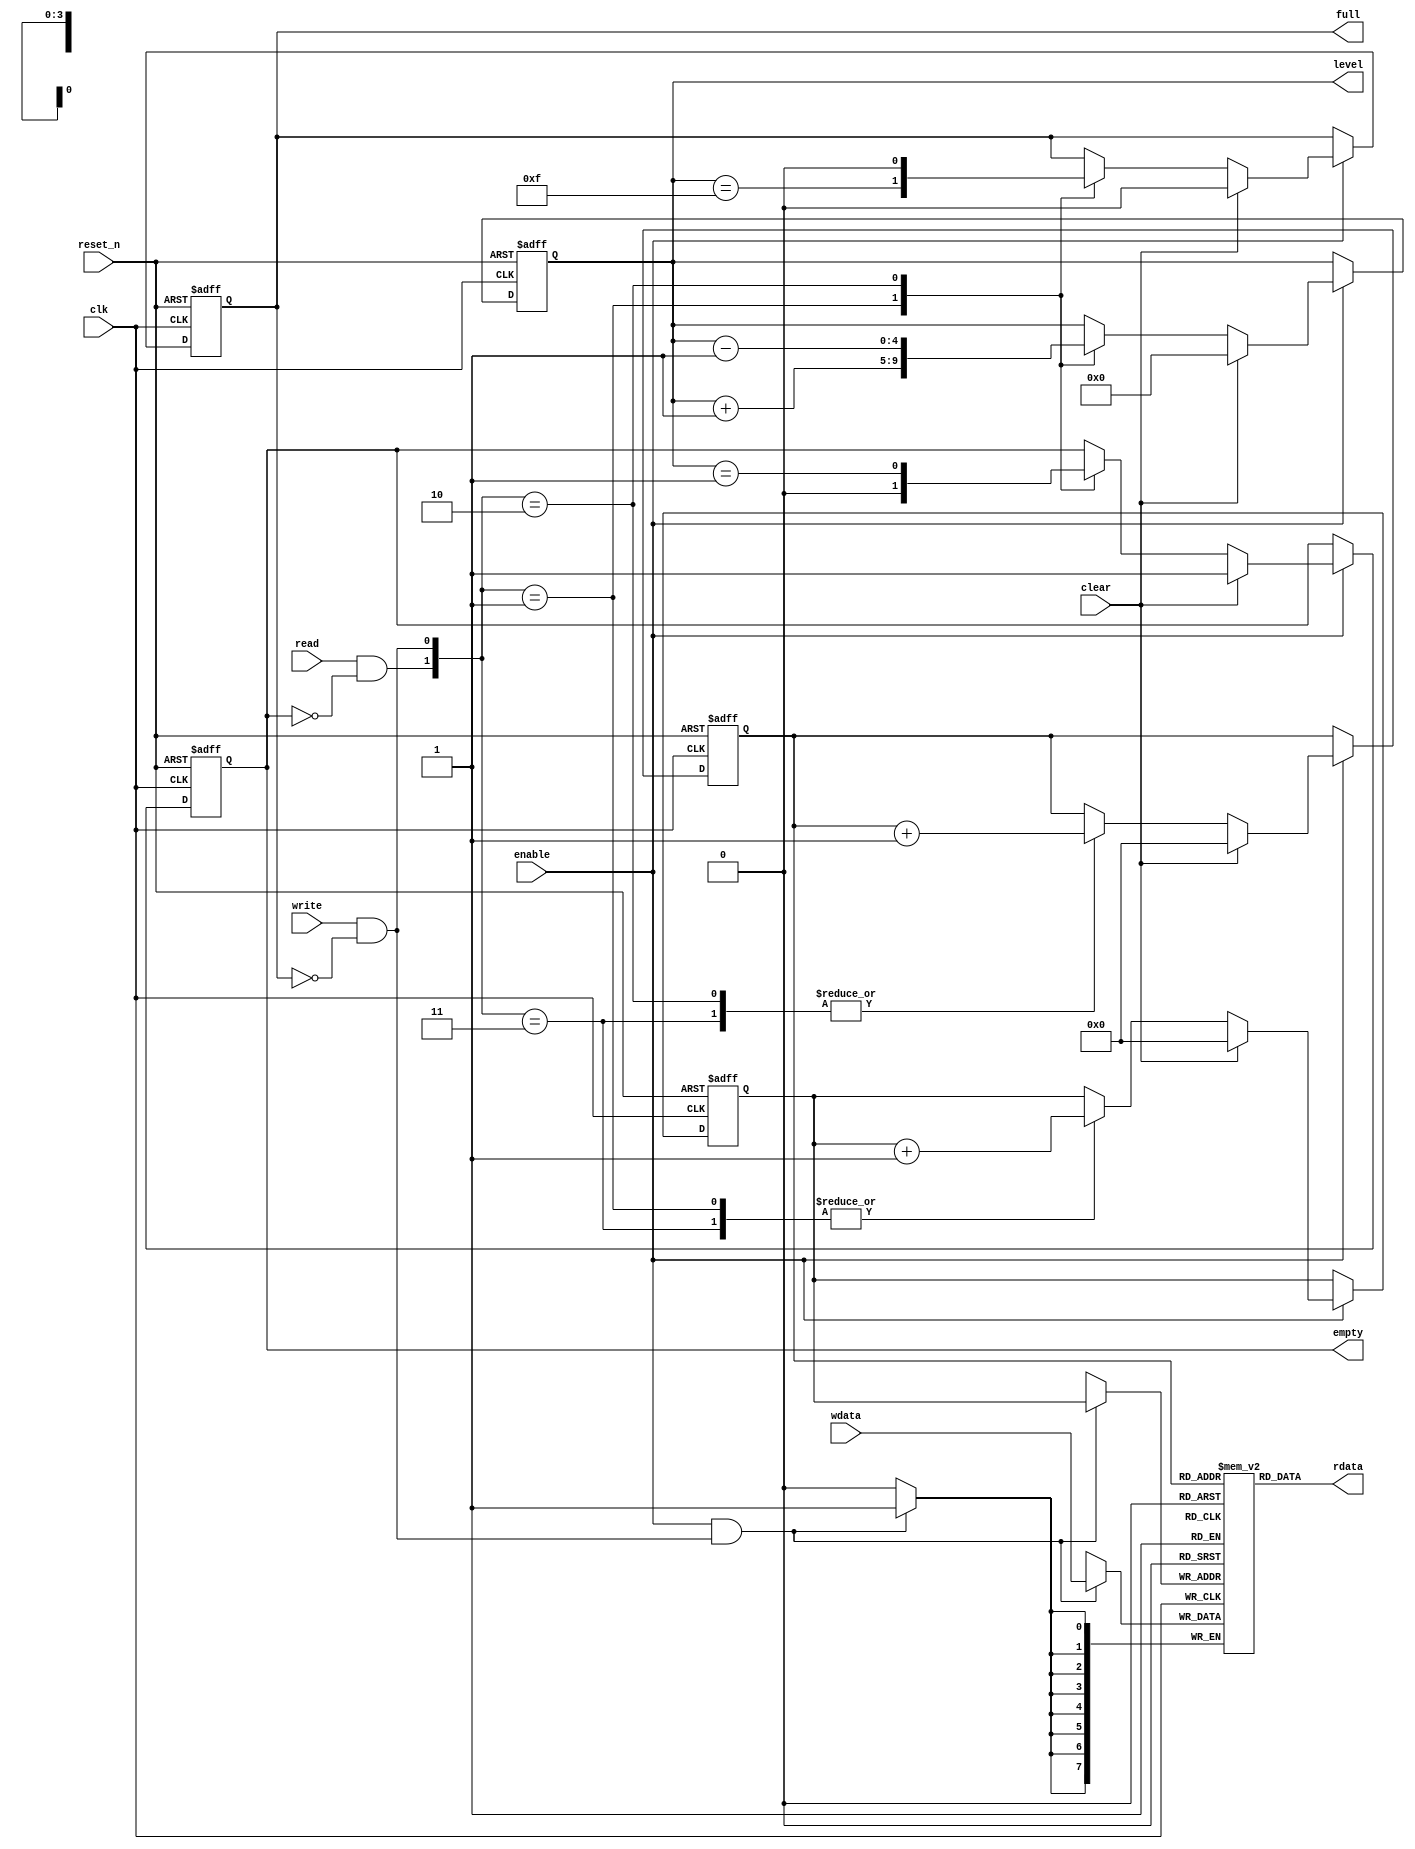
//
// Synchronous FIFO
//
// Freeware September 2015, Fen Logic Ltd.
// This code is free and is delivered 'as is'.
// It comes without any warranty, to the extent permitted by applicable law.
// There are no restrictions to any use or re-use of this code
// in any form or shape. It would be nice if you keep my company name
// in the source or modified source code but even that is not
// required as I can't check it anyway.
// But the code comes with no warranties or guarantees whatsoever.
//
// Read and Write are ignored when empty/full
// The fifo level is registered
// The full, empty flags can be registered or not
//
// Known issues:
//    artithmetic is not size compliant (pntr <= pntr + {{(L2D-1){1'b0}},1'b1};)
//    Storage contents is not cleared
//    relying on synthesis tool to remove unused logic
//

module sync_fifo
#(parameter WIDTH    = 8, // width in bits
            L2D      = 4, // Log 2 Depth, 4=16 deep
            REGFLAGS = 1  // Full, empty are registered
)
(
   input                   clk,     // system clock                 
   input                   reset_n, // A-synchronous low reset/clear
   input                   enable,  // clock gating                 
   input                   clear,   // Synchronous clear            
                                                                    
   input                   write,   // write FIFO                   
   input       [WIDTH-1:0] wdata,   // write data                   
   input                   read,    // read FIFO                    
   output      [WIDTH-1:0] rdata,   // read data                    
                                                                    
   output reg              empty,   // FIFO is empty                
   output reg              full,    // FIFO is full                 
   output reg      [L2D:0] level    // Fill level                   
);

localparam DEPTH = (1<<L2D);

reg  [WIDTH-1:0] memory [0:DEPTH-1];
reg    [L2D-1:0] rd_pntr,wt_pntr;
reg              full_r,empty_r;

wire l_read,l_write;

   // prevent disastrous reads & writes
   assign l_read  = read  & !empty;
   assign l_write = write & !full;


   always @(posedge clk or negedge reset_n)
   begin
      if (!reset_n)
      begin
         rd_pntr <= {L2D{1'b0}};
         wt_pntr <= {L2D{1'b0}};
         level   <= {L2D{1'b0}};
         full_r  <= 1'b0;
         empty_r <= 1'b1;
      end
      else if (enable)
      begin
         if (clear)
         begin
           rd_pntr <= {L2D{1'b0}};
           wt_pntr <= {L2D{1'b0}};
           level   <= {L2D{1'b0}};
           full_r  <= 1'b0;
           empty_r <= 1'b1;
         end
         else
         begin
           case ({l_read,l_write})
           2'b01 : // Write, no read
             begin
                wt_pntr <= wt_pntr + 1;
                level   <= level + 1;
                full_r  <= (level==DEPTH-1);
                empty_r <= 1'b0;
             end

           2'b10 : // Read, no write
              begin
                 rd_pntr <= rd_pntr + 1;
                 level   <= level - 1;
                 full_r  <= 1'b0;
                 empty_r <= (level==1);
              end

           2'b11 : // Read & Write
              begin
                wt_pntr <= wt_pntr + 1;
                rd_pntr <= rd_pntr + 1;
              end
           endcase
        end

`ifdef ASSERT_ON
         // Catch fatal operational errors
         if (write && !l_write)
         begin
            $display("%m,@%0t: write to full FIFO",$time);
            #1 $stop;
         end

         if (read && !l_read)
         begin
            $display("%m,@%0t: read from empty FIFO",$time);
            #1 $stop;
         end
`endif

      end
   end

   // Write to fifo
   always @(posedge clk)
   begin
      if (enable & l_write)
         memory[wt_pntr] <= wdata;
   end

   // Read from fifo:
   assign rdata = memory[rd_pntr];

   // empty and full flags depend on parameter
   // registered or not
   always @( * )
   begin
      if (REGFLAGS==0)
      begin
         full  = (level==DEPTH);
         empty = (level==0);
      end
      else
      begin
        full  = full_r;
        empty = empty_r;
      end
   end


endmodule